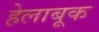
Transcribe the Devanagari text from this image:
हेलाबूक